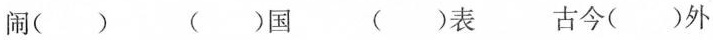
闹（） （）国 （）表 古今（）外